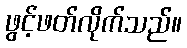
ဖွင့်ဖတ်လိုက်သည်။